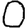
Digit: 0